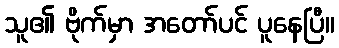
သူ၏ ဗိုက်မှာ အတော်ပင် ပူနေပြီ။